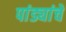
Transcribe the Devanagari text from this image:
पांड्यांचे